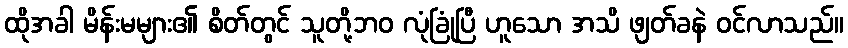
ထိုအခါ မိန်းမများ၏ စိတ်တွင် သူတို့ဘဝ လုံခြုံပြီ ဟူသော အသိ ဖျတ်ခနဲ ဝင်လာသည်။